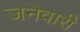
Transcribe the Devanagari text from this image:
जनेवारी